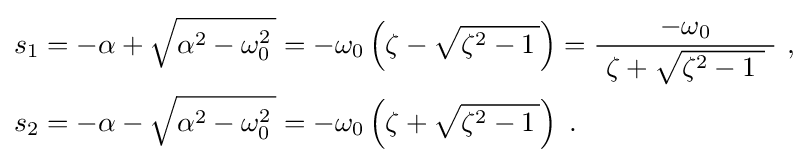
{\begin{aligned}s_{1}&=-\alpha +{\sqrt {\alpha ^{2}-\omega _{0}^{2}\,}}=-\omega _{0}\left(\zeta -{\sqrt {\zeta ^{2}-1\,}}\right)={\frac {-\omega _{0}}{\ \zeta +{\sqrt {\zeta ^{2}-1\ }}\ }}\ ,\\s_{2}&=-\alpha -{\sqrt {\alpha ^{2}-\omega _{0}^{2}\,}}=-\omega _{0}\left(\zeta +{\sqrt {\zeta ^{2}-1\,}}\right)\;.\end{aligned}}